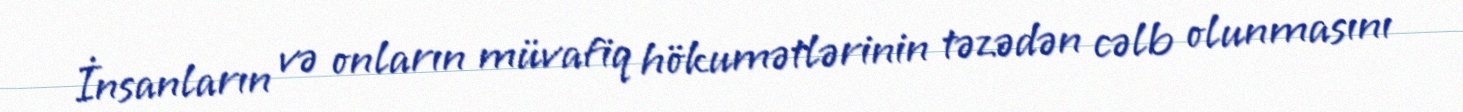
İnsanların və onların müvafiq hökumətlərinin təzədən cəlb olunmasını